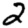
Digit: 2